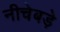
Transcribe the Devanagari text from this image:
नीचेबड़े